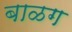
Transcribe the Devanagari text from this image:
बाळग